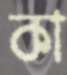
কা